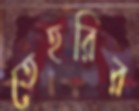
তেহরির